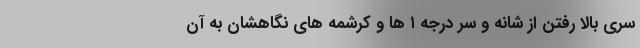
سریِ بالا رفتن از شانه و سرِ درجه ١ ها و کرشمه های نگاهشان به آن